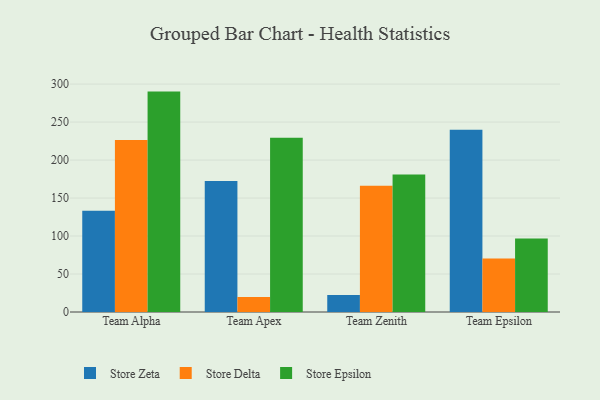
{"axis": {"x": "Team", "y": "Page Views"}, "legend": ["Store Delta", "Store Epsilon", "Store Zeta"], "data": [{"x": "Team Alpha", "y": 133.2, "type": "Store Zeta"}, {"x": "Team Alpha", "y": 226.3, "type": "Store Delta"}, {"x": "Team Alpha", "y": 290.1, "type": "Store Epsilon"}, {"x": "Team Apex", "y": 172.4, "type": "Store Zeta"}, {"x": "Team Apex", "y": 19.8, "type": "Store Delta"}, {"x": "Team Apex", "y": 229.4, "type": "Store Epsilon"}, {"x": "Team Zenith", "y": 22.3, "type": "Store Zeta"}, {"x": "Team Zenith", "y": 166.3, "type": "Store Delta"}, {"x": "Team Zenith", "y": 181.1, "type": "Store Epsilon"}, {"x": "Team Epsilon", "y": 240.0, "type": "Store Zeta"}, {"x": "Team Epsilon", "y": 70.3, "type": "Store Delta"}, {"x": "Team Epsilon", "y": 96.7, "type": "Store Epsilon"}]}